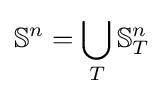
\mathbb {S} ^{n}=\bigcup _{T}\mathbb {S} _{T}^{n}